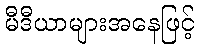
မီဒီယာများအနေဖြင့်